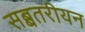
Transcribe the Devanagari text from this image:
सब्बतरीयन